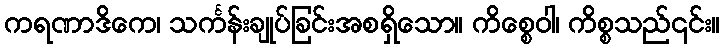
ကရဏာဒိကေ၊ သင်္ကန်းချုပ်ခြင်းအစရှိသော။ ကိစ္စေဝါ၊ ကိစ္စသည်၎င်း။